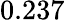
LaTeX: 0.237